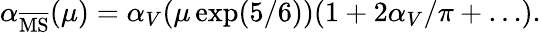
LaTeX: \alpha_{\overline{{{\mathrm{MS}}}}}(\mu)=\alpha_{V}(\mu\exp(5/6))(1+2\alpha_{V}/\pi+\ldots).